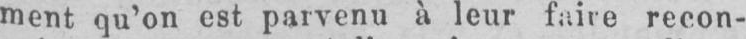
ment qu’on est parvenu à leur faire recon-